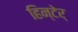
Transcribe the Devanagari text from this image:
हिन्टेर्